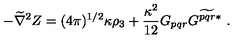
- \widetilde \nabla ^ { 2 } Z = ( 4 \pi ) ^ { 1 / 2 } \kappa \rho _ { 3 } + \frac { \kappa ^ { 2 } } { 1 2 } G _ { p q r } G ^ { \widetilde { p q r } * } \ .